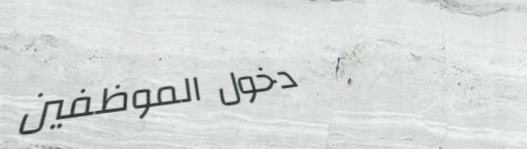
دخول الموظفين